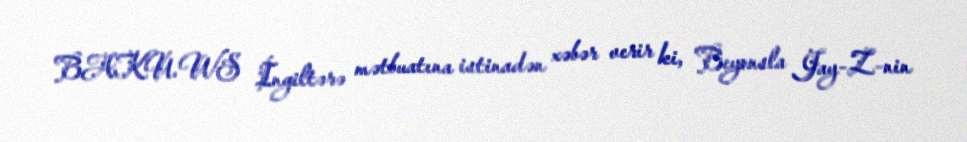
BAKU.WS İngiltərə mətbuatına istinadən xəbər verir ki, Beyonsla Jay-Z-nin